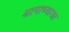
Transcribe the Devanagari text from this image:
श्रामाच्याआ